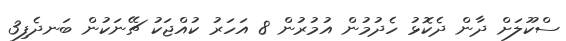
ސްކޫލަށް ދާން ދެކޮޅު ހެދުމުން އުމުރުން 8 އަހަރު ކުއްޖަކު ޗޭނަކުން ބަނދެފި3